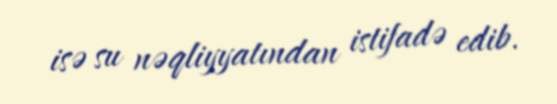
isə su nəqliyyatından istifadə edib.